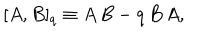
LaTeX: [ A , B ] _ { q } \equiv A \, B - q \, B \, A ,